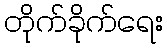
တိုက်ခိုက်ရေး